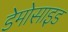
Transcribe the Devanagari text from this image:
डेमोसाइड